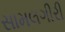
સામલગીરી